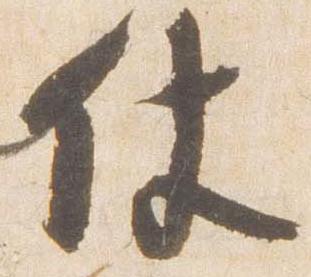
仗